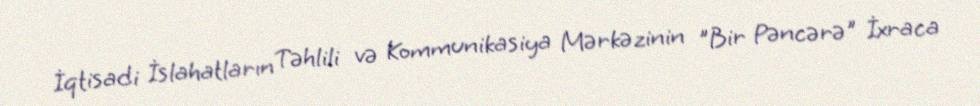
İqtisadi İslahatların Təhlili və Kommunikasiya Mərkəzinin "Bir Pəncərə" İxraca